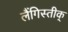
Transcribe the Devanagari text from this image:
लैंगिस्तीक्